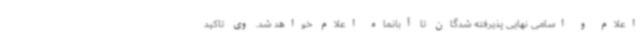
اعلام و اسامی نهایی پذیرفته شدگان تا آبانماه اعلام خواهد شد. وی تاکید